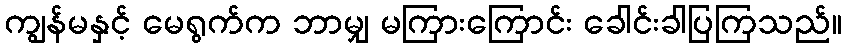
ကျွန်မနှင့် မေရွက်က ဘာမျှ မကြားကြောင်း ခေါင်းခါပြကြသည်။